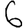
Digit: 6